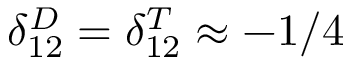
\delta _ { 1 2 } ^ { D } = \delta _ { 1 2 } ^ { T } \approx - 1 / 4